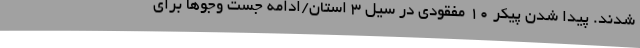
شدند. پیدا شدن پیکر ١٠ مفقودی در سیل ۳ استان/ادامه جست وجوها برای